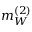
m _ { W } ^ { ( 2 ) }